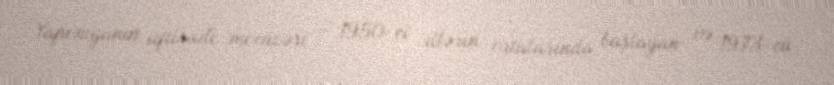
Yaponiyanın iqtisadi möcüzəsi — 1950-ci illərin ortalarında başlayan və 1973-cü